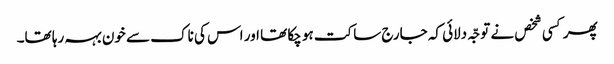
پھر کسی شخص نے توجّہ دلائی کہ جارج ساکت ہو چکا تھا اور اس کی ناک سے خون بہہ رہا تھا۔